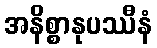
အနိစ္စာနုပဿီနံ